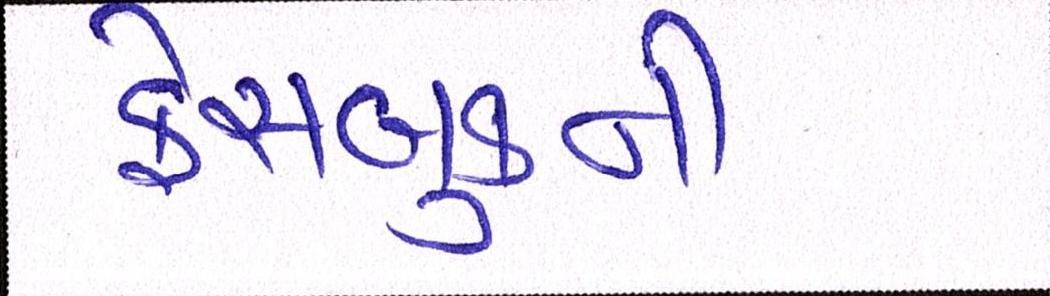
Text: ફેસબુકની